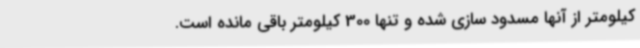
کیلومتر از آنها مسدود سازی شده و تنها 300 کیلومتر باقی مانده است.